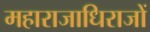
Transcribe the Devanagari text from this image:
महाराजाधिराजों